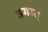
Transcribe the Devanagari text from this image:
अगस्त्